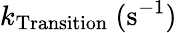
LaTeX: k_{\mathrm{Transition}}~(\mathrm{s}^{-1})